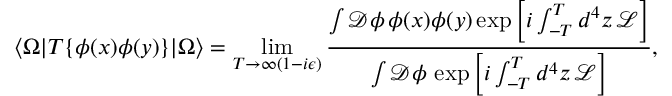
\langle \Omega | T \{ \phi ( x ) \phi ( y ) \} | \Omega \rangle = \operatorname* { l i m } _ { T \to \infty ( 1 - i \epsilon ) } { \frac { \int { \mathcal { D } } \phi \, \phi ( x ) \phi ( y ) \exp \left[ i \int _ { - T } ^ { T } d ^ { 4 } z \, { \mathcal { L } } \right] } { \int { \mathcal { D } } \phi \, \exp \left[ i \int _ { - T } ^ { T } d ^ { 4 } z \, { \mathcal { L } } \right] } } ,